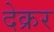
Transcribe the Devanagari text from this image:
देक्रर